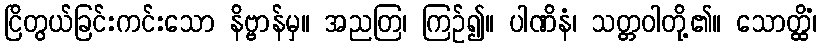
ငြိတွယ်ခြင်းကင်းသော နိဗ္ဗာန်မှ။ အညတြ၊ ကြဉ်၍။ ပါဏိနံ၊ သတ္တဝါတို့၏။ သောတ္ထိံ၊